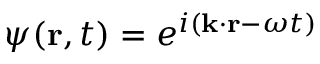
\psi ( \mathbf { r } , t ) = e ^ { i ( \mathbf { k } \cdot \mathbf { r } - \omega t ) }